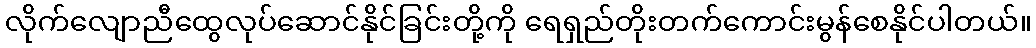
လိုက်လျောညီထွေလုပ်ဆောင်နိုင်ခြင်းတို့ကို ရေရှည်တိုးတက်ကောင်းမွန်စေနိုင်ပါတယ်။